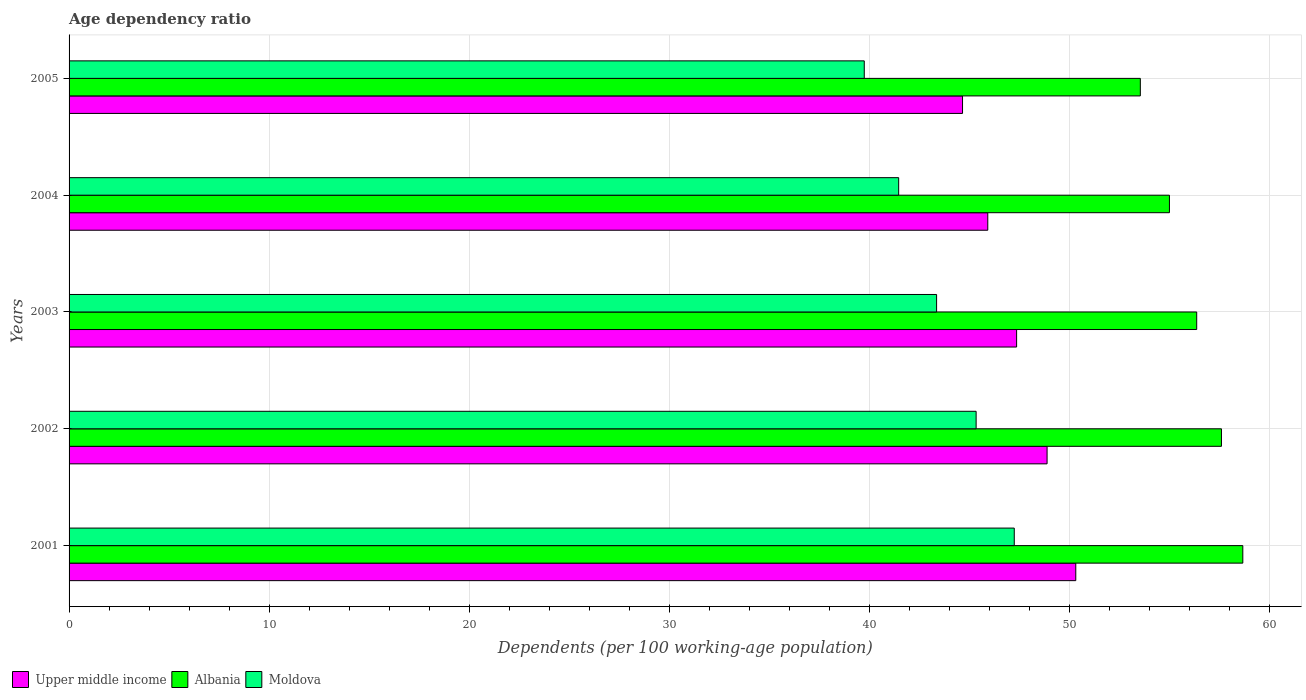
| Years | Upper middle income | Albania | Moldova |
 | --- | --- | --- | --- |
 | 2001 | 50.3 | 58.7 | 47.2 |
 | 2002 | 48.9 | 57.6 | 45.3 |
 | 2003 | 47.4 | 56.4 | 43.4 |
 | 2004 | 45.9 | 55 | 41.5 |
 | 2005 | 44.7 | 53.5 | 39.7 |